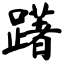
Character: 躇